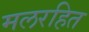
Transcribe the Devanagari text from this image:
मलरहित